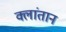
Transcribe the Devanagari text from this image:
क्लांतान